Tezpur Lunatic Asylum reports 1895-1904 - 1895-1904
Year: 1895
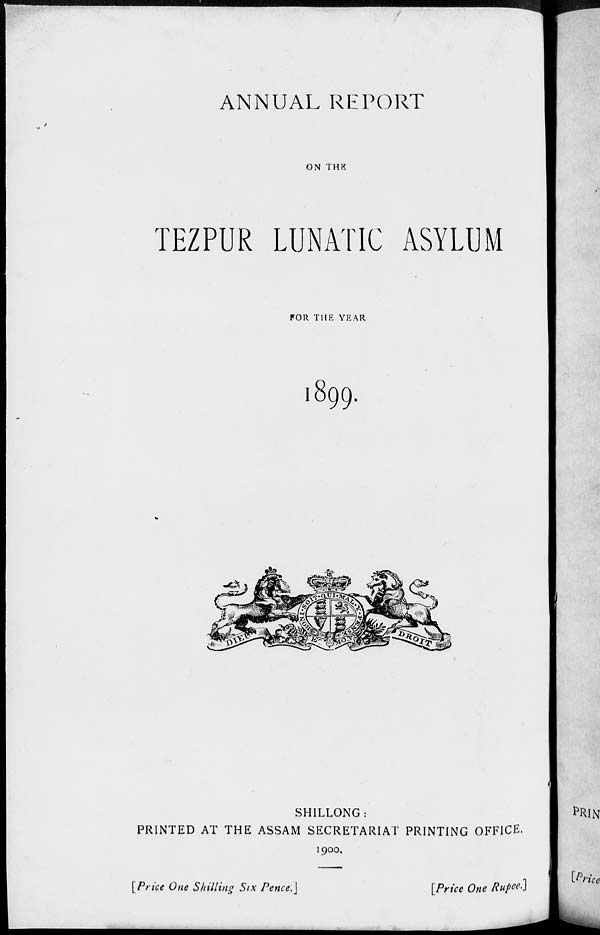
" Eg
ANNUAL REPORT
ON THE
TEZPUR LUNATIC ASYLUM
FOR THE YEAR
l899.
SHILLONG:
PRINTED AT THE ASSAM SECRETARIAT PRINTING OFFICE.
1900.
[Price One Shilling Six Pence.\
[Price One Rupee]